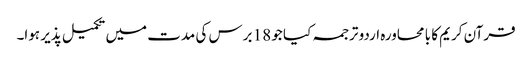
قرآن کریم کا با محاورہ اردو ترجمہ کیا جو 18 برس کی مدت میں تکمیل پذیر ہوا۔